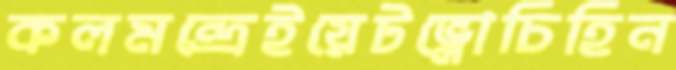
কলমন্দ্রেইয়েটভ্লোচিহিন